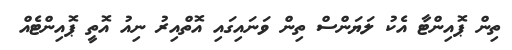
ތިން ޕޮއިންޓާ އެކު ލަޔަންސް ތިން ވަނައިގައި އޮތްއިރު ނިއު އޮތީ ޕޮއިންޓެއް